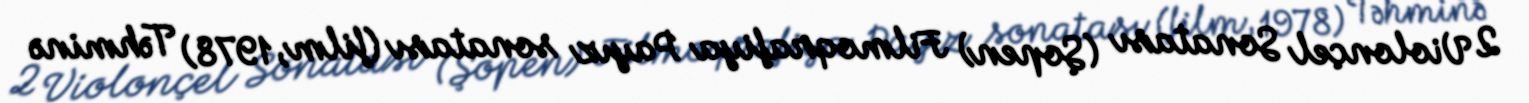
2 Violonçel Sonatası (Şopen) Filmoqrafiya Payız sonatası (film, 1978) Təhminə